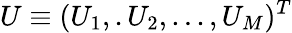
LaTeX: U\equiv(U_{1},.U_{2},...,U_{M})^{T}